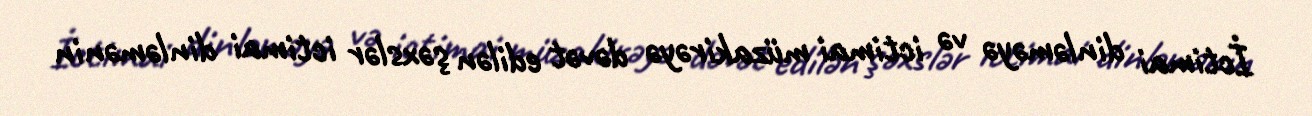
İctimai dinləməyə və ictimai müzakirəyə dəvət edilən şəxslər ictimai dinləmənin